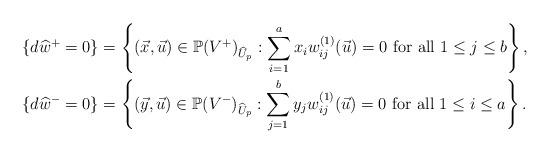
LaTeX: \begin{align*}&\{d\widehat{w}^+=0\}=\left\{(\vec{x}, \vec{u}) \in \mathbb{P}(V^{+})_{\widehat{U}_p} : \sum_{i=1}^a x_i w_{ij}^{(1)}(\vec{u})=0\mbox{ for all }1\le j\le b\right\}, \\&\{d\widehat{w}^-=0\}=\left\{(\vec{y}, \vec{u}) \in \mathbb{P}(V^{-})_{\widehat{U}_p} : \sum_{j=1}^b y_j w_{ij}^{(1)}(\vec{u})=0 \mbox{ for all }1\le i\le a\right\}.\end{align*}